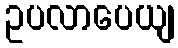
ဥပလာပေယျ